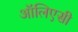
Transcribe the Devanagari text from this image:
ऑलिएसी